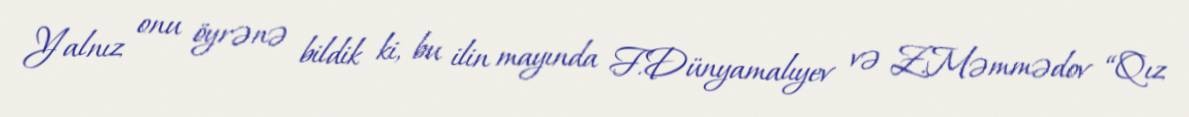
Yalnız onu öyrənə bildik ki, bu ilin mayında F.Dünyamalıyev və Z.Məmmədov “Qız